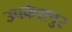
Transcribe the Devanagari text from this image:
उपकेशपुर